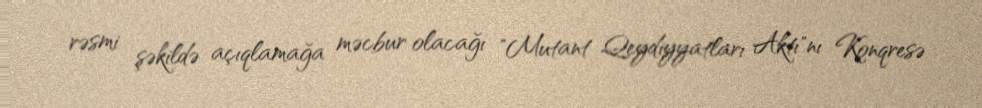
rəsmi şəkildə açıqlamağa məcbur olacağı "Mutant Qeydiyyatları Aktı"nı Konqresə